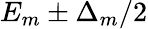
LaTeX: E_{m}\pm\Delta_{m}/2